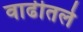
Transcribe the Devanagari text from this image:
वाढीतले